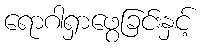
ရောဂါရှာဖွေခြင်းနှင့်